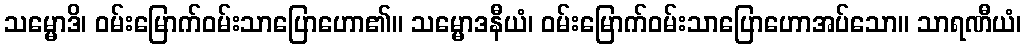
သမ္မောဒိ၊ ဝမ်းမြောက်ဝမ်းသာပြောဟော၏။ သမ္မောဒနီယံ၊ ဝမ်းမြောက်ဝမ်းသာပြောဟောအပ်သော။ သာရဏီယံ၊